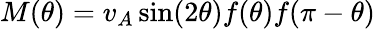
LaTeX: M(\theta)=v_{A}\sin(2\theta)f(\theta)f(\pi-\theta)